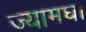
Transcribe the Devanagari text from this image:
ज्यामघ।